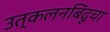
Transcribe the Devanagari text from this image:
उत्कलनबिंदूचा